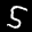
Label: 5